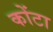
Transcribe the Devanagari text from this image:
कोंटा